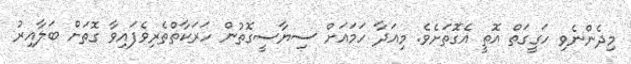
މިދެންނެވި ހަގީގަތް އޮތީ އެގޮތަށެވެ. މިއަދާ ހަމައަށް ސިޔާސީގޮތުން ހަރަކާތްތެރިވެފައިވާ ގޮތަށް ބަލާއިރު